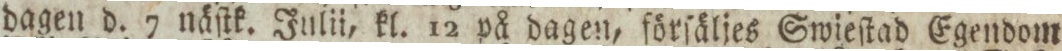
dagen d. 7 näſtk. Julii, kl. 12 på dagen, förſäljes Swieſtad Egendom